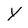
Character: Y